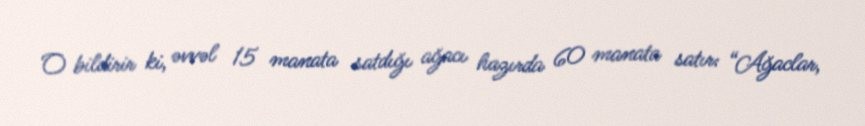
O bildirir ki, əvvəl 15 manata satdığı ağacı hazırda 60 manata satır: “Ağaclar,